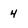
Character: 4